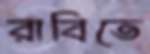
রাবিতে